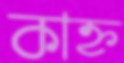
কাহ্ন